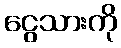
ငွေသားကို